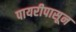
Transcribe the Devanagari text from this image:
पायरीपासून